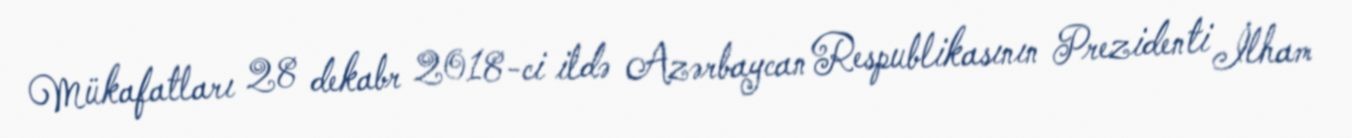
Mükafatları 28 dekabr 2018-ci ildə Azərbaycan Respublikasının Prezidenti İlham